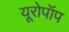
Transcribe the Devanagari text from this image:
यूरोपॉप